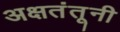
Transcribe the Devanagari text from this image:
अक्षतंतूनी